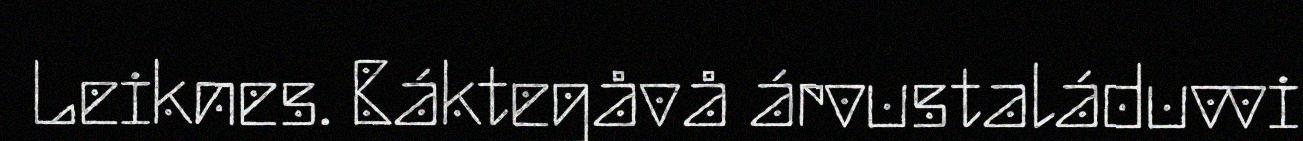
Leiknes. Báktegåvå árvustaláduvvi